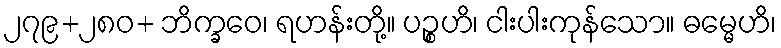
၂၇၉+၂၈၀+ ဘိက္ခဝေ၊ ရဟန်းတို့။ ပဉ္စဟိ၊ ငါးပါးကုန်သော။ ဓမ္မေဟိ၊